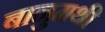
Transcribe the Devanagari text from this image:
बानुमथी